system: You are a helpful assistant.
user:
Analyze the provided spectrum to determine if it is a **"Cataclysmic Variables (CV)"**.

- **Key Indicators for CV (Check for either state):**
    - **State 1: Quiescent / Low-State (Emission-Dominated)**
        - **(Primary):** Strong and *very broad* Hydrogen Balmer emission lines (e.g., $H\alpha$ at 6563 Å, $H\beta$ at 4861 Å). The 'broadness' (high velocity dispersion, often FWHM > 1000 km/s) is the key diagnostic, indicating a high-velocity accretion disk.
        - **(Secondary):** Broad neutral Helium (He I) emission lines (e.g., 5876 Å, 6678 Å).
        - **(Key Confirmation):** Presence of high-excitation *ionized* Helium (He II) emission at 4686 Å. This is a strong indicator of accretion onto a white dwarf.
        - **(Line Profile):** Emission lines may exhibit a 'double-peaked' profile, which is a classic signature of a rotating accretion disk viewed at high inclination.

    - **State 2: Outburst / High-State (Absorption-Dominated)**
        - **(Primary):** Spectrum is dominated by a bright, blue continuum (looks like a hot star).
        - **(Secondary):** The emission lines from State 1 are weak, absent, or 'filled in', and are replaced by broad, shallow *absorption* lines (primarily Balmer and He I).
        - **(Morphology):** The overall spectrum mimics a hot B/A-type star. The crucial difference is that the absorption lines are significantly broader, shallower, and more 'washed-out' (or 'smeared') than the sharp lines of a normal stellar photosphere, due to high rotational speeds and pressure broadening in the disk.

Think first, call **spectral_visualization_tool** if needed to examine features in detail, then provide your final answer. Your response must adhere to the following strict rules:
1.  **Overall Structure:** Your response must follow the format `<think>...</think> <tool_call>...</tool_call> (if a tool is used) <answer>...</answer>`.
2.  **Tool Usage Constraint:** You may only make **one** tool call per turn.
3.  **Final Answer Format:** In the `<answer>` tag, your conclusion must be inside a `\boxed{}` command (e.g., `\boxed{YES}`), followed by your justification.

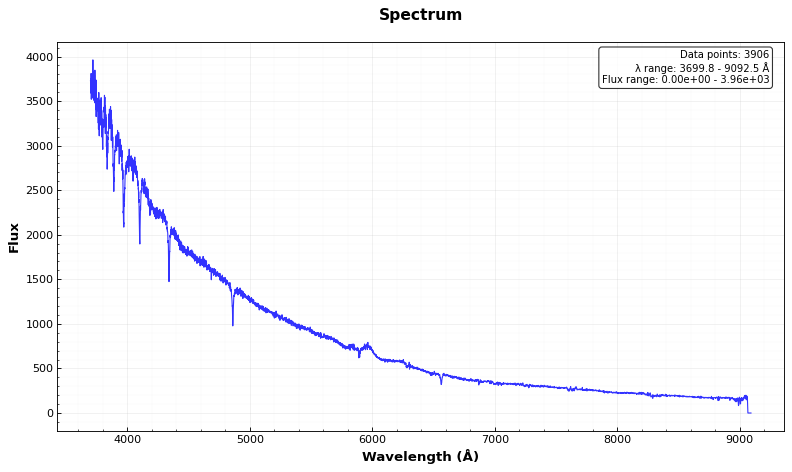
Answer: NO